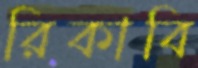
রিকাবি